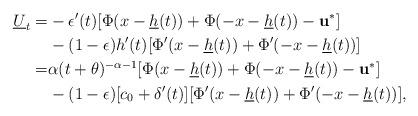
LaTeX: \begin{align*}\underline U_t= & -\epsilon'(t)[\Phi(x-\underline h(t))+\Phi(-x-\underline h(t))-\mathbf{u}^*]\\&-(1-\epsilon)h'(t)[\Phi'(x-\underline h(t))+\Phi'(-x-\underline h(t))]\\=& \alpha(t+\theta)^{-\alpha-1}[\Phi(x-\underline h(t))+\Phi(-x-\underline h(t))-\mathbf{u}^*]\\&-(1-\epsilon)[c_0+\delta'(t)][\Phi'(x-\underline h(t))+\Phi'(-x-\underline h(t))],\end{align*}